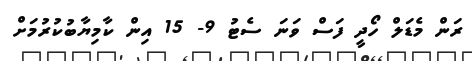
ރަން މެޑަލް ހޯދީ ފަސް ވަނަ ސެޓު 9- 15 އިން ކާމިޔާބުކުރުމަށް